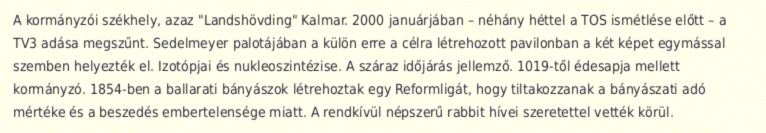
A kormányzói székhely, azaz "Landshövding" Kalmar. 2000 januárjában – néhány héttel a TOS ismétlése előtt – a TV3 adása megszűnt. Sedelmeyer palotájában a külön erre a célra létrehozott pavilonban a két képet egymással szemben helyezték el. Izotópjai és nukleoszintézise. A száraz időjárás jellemző. 1019-től édesapja mellett kormányzó. 1854-ben a ballarati bányászok létrehoztak egy Reformligát, hogy tiltakozzanak a bányászati adó mértéke és a beszedés embertelensége miatt. A rendkívül népszerű rabbit hívei szeretettel vették körül.